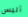
أليس